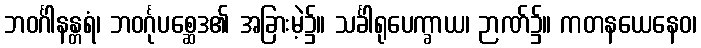
ဘဝင်္ဂါနန္တရံ၊ ဘဝင်္ဂုပစ္ဆေဒ၏ အခြားမဲ့၌။ သင်္ခါရုပေက္ခာယ၊ ဉာဏ်၌။ ကတနယေနေဝ၊